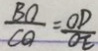
\frac { B O } { C O } = \frac { O D } { O E }